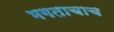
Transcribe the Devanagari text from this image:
भगताचाच